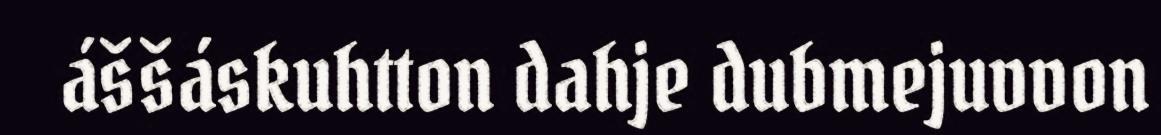
áššáskuhtton dahje dubmejuvvon